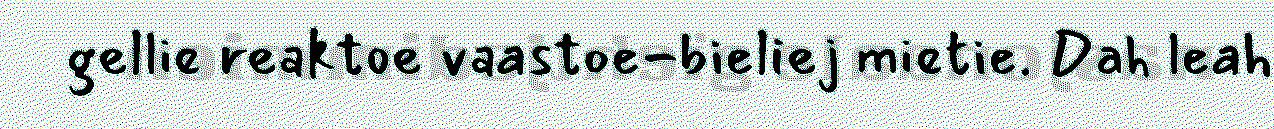
gellie reaktoe vaastoe-bieliej mietie. Dah leah